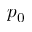
p _ { 0 }